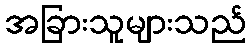
အခြားသူများသည်